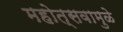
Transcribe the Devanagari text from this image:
महोत्सवामुळे